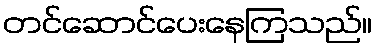
တင်ဆောင်ပေးနေကြသည်။